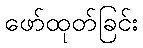
ဖော်ထုတ်ခြင်း